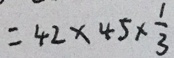
= 4 2 \times 4 5 \times \frac { 1 } { 3 }